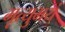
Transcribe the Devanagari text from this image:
मृत्युभयं